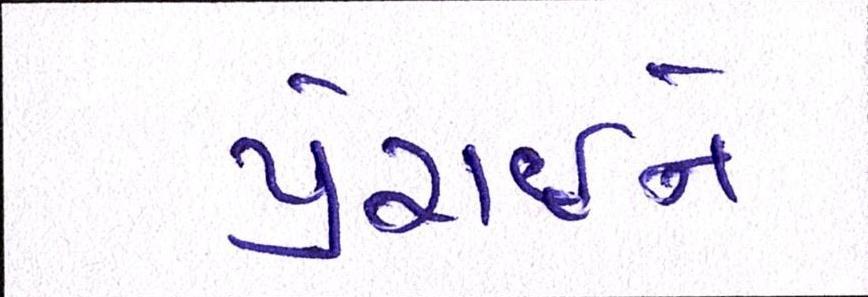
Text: પ્રેરાઇને